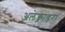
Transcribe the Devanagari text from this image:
अलेक्जांडरा